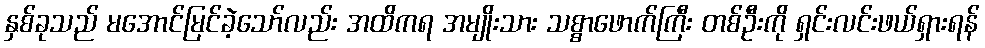
နှစ်ခုသည် မအောင်မြင်ခဲ့သော်လည်း အထိကရ အမျိုးသား သစ္စာဖောက်ကြီး တစ်ဦးကို ရှင်းလင်းဖယ်ရှားရန်